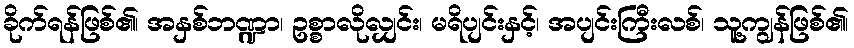
ခိုက်ရန်ဖြစ်၏၊ အနှစ်ဘဏ္ဍာ၊ ဥစ္စာလိုလျှင်း၊ မရိပျင်းနှင့်၊ အပျင်းကြီးလစ်၊ သူ့ကျွန်ဖြစ်၏၊